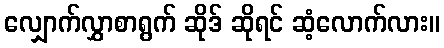
လျှောက်လွှာစာရွက် ဆိုဒ် ဆိုရင် ဆံ့လောက်လား။